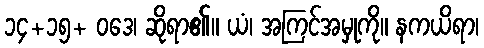
၁၄+၁၅+ ဝဒေ၊ ဆိုရာ၏။ ယံ၊ အကြင်အမှုကို။ နကယိရာ၊